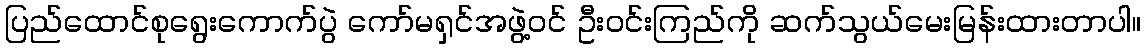
ပြည်ထောင်စုရွေးကောက်ပွဲ ကော်မရှင်အဖွဲ့ဝင် ဦးဝင်းကြည်ကို ဆက်သွယ်မေးမြန်းထားတာပါ။